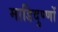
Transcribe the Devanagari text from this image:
माडिदुण्णों